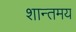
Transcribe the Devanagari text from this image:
शान्तमय